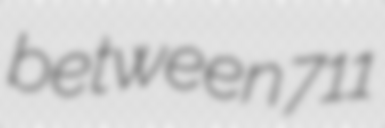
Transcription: between 711